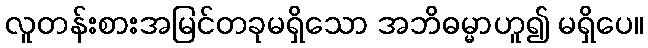
လူတန်းစားအမြင်တခုမရှိသော အဘိဓမ္မာဟူ၍ မရှိပေ။